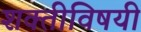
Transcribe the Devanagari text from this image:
शक्तीविषयी